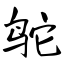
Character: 鸵